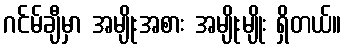
ဂင်မ်ချီမှာ အမျိုးအစား အမျိုးမျိုး ရှိတယ်။